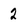
Character: 2